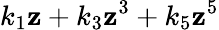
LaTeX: k_{1}\mathbf{z}+k_{3}\mathbf{z}^{3}+k_{5}\mathbf{z}^{5}